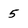
Character: 5